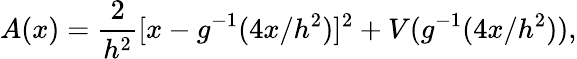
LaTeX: A(x)={\frac{2}{h^{2}}}[x-g^{-1}(4x/h^{2})]^{2}+V(g^{-1}(4x/h^{2})),